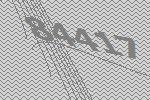
84417